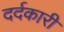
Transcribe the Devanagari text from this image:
दर्दकारी